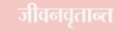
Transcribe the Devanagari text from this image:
जीवनवृतान्त